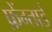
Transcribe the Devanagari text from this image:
फ़ेंग्ताई